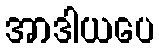
အာဒါယပေ